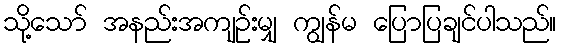
သို့သော် အနည်းအကျဉ်းမျှ ကျွန်မ ပြောပြချင်ပါသည်။